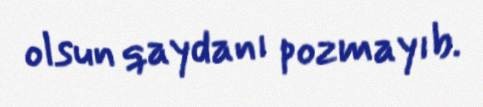
olsun qaydanı pozmayıb.